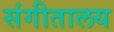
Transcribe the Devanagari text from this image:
संगीतालय